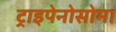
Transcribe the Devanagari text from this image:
ट्राइपेनोसोमा